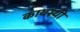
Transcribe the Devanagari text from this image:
कायस्थी